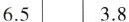
6.5 3.8